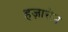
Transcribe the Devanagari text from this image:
हज़ारोन